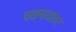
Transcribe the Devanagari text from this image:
पक्ष्यांवर